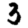
Digit: 3